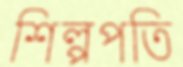
শিল্পপতি